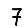
Digit: 7